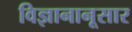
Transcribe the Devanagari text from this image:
विज्ञानानूसार